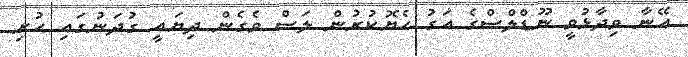
އޭނާ ވިދާޅުވީ ނޫޑްލްސްގެ އަގު ހެޔޮކުރުން ލަސް ވެގެން ދިޔައީ ގުދަނުގައި ހުރި